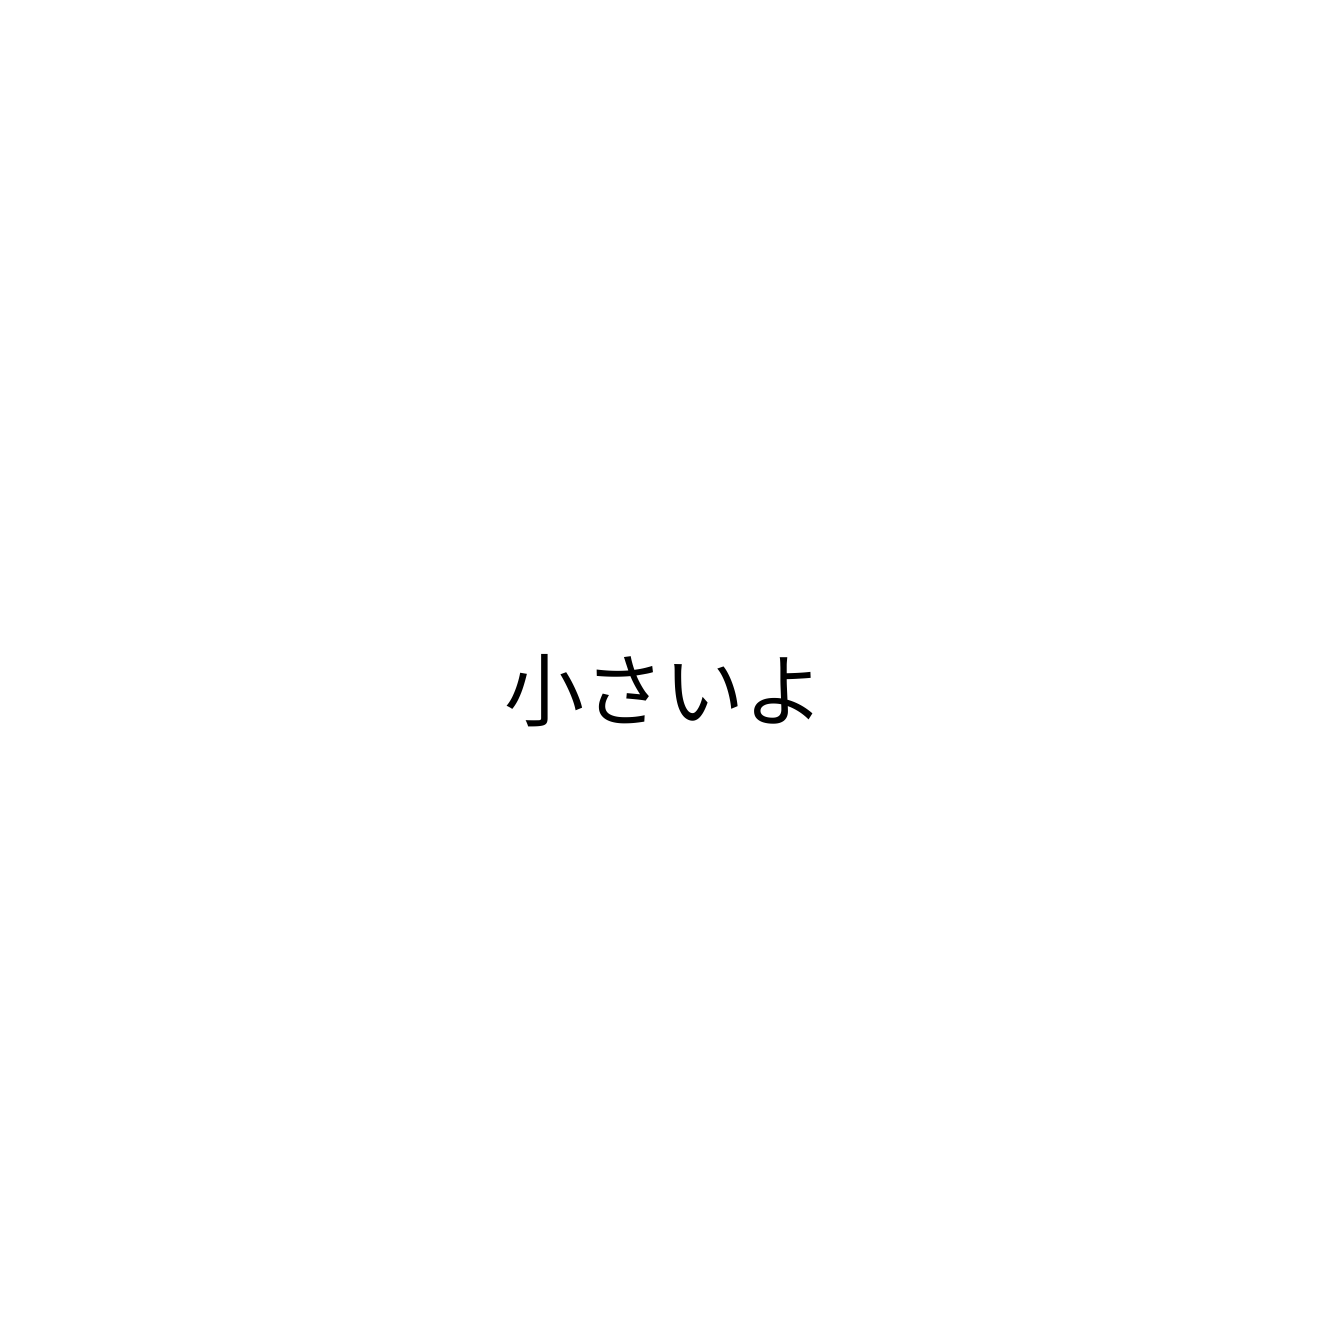
小さいよ